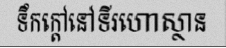
ទឹកក្តៅនៅទីរហោស្ថាន